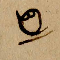
5